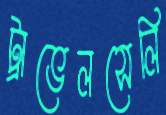
ট্রাভেলসেলি